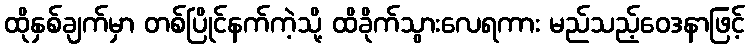
ထိုနှစ်ချက်မှာ တစ်ပြိုင်နက်ကဲ့သို့ ထိခိုက်သွားလေရကား မည်သည့်ဝေဒနာဖြင့်